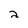
Character: 2